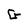
Character: G